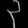
Digit: ၃